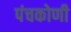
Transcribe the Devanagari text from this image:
पंचकोणी